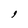
Character: 9